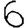
Digit: 6